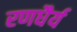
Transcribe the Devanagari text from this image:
रणधैर्य